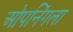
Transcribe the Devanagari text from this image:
ओपनिंगला